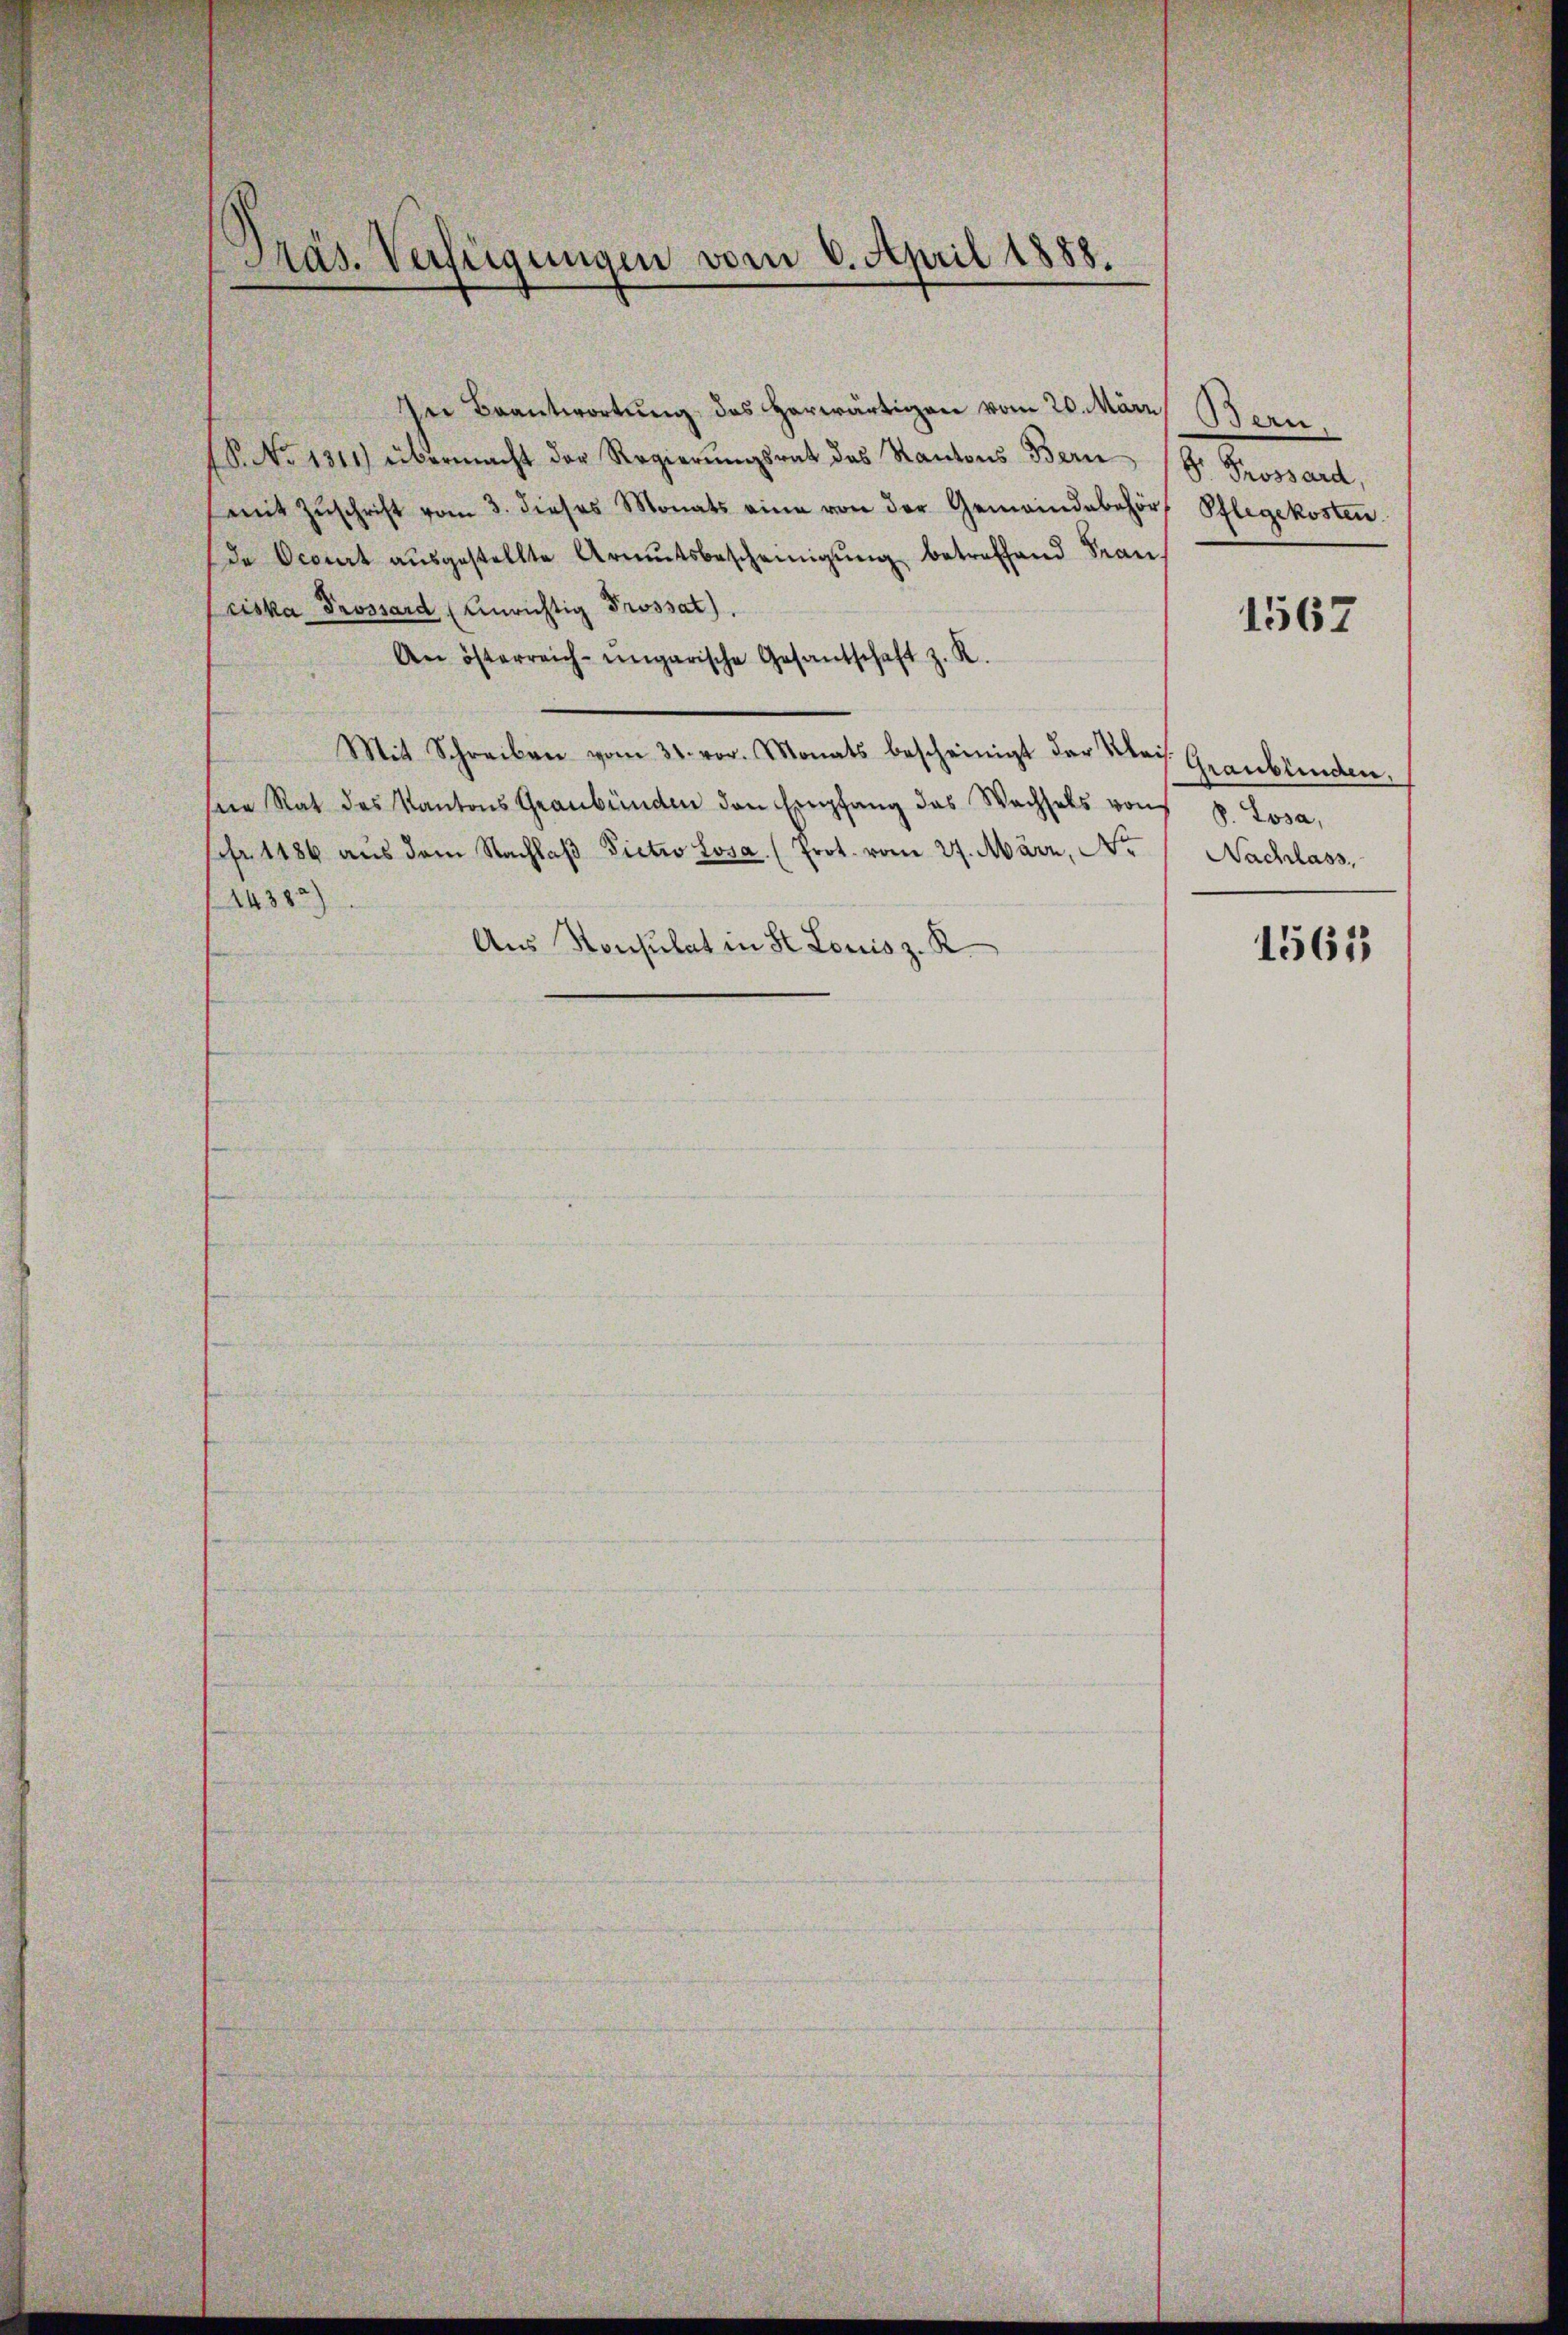
Präs. Verfügungen vom 6. April 1888.

mit Zuschrift vom 3. dieses Monats eine von der Gemeindebehörde Ocourt aŭsgestellte Armutsbescheinigŭng betreffend Span
ciska Trossard (Unrichtig Prossat).
An österreich-ungarische Gesandschaft z. R.
Mit Schreiben vom 31. vor. Monats bescheinigt der Moss. Graublinden,
sein Rat des Kantons Graubünden den Empfang das Wachsels von P. Losa,
fahr 1186 aŭs dem Nachlaβ Pietwo Losa. (Prot. vom 27. März, No.
14380)
Aus Konsulat in St. Louisz. R.

In Beantwortung des Herwärtigen vom 20. März
P. No 1311) übermacht der Regierŭngsrat des Kantons Bern (Gr. Grossard,

Bern,
Pflegekosten

1567

Nachlass

1563